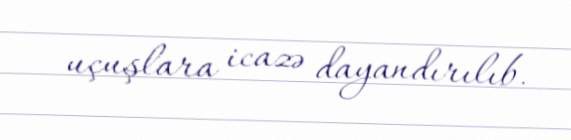
uçuşlara icazə dayandırılıb.